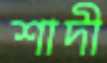
শাদী